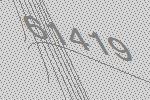
61419